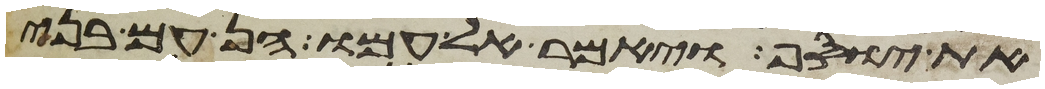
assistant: את יוסף ויאמר אל עמו הן עם בני